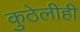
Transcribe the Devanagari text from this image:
कुठेलीही